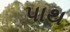
પાથ